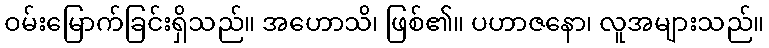
ဝမ်းမြောက်ခြင်းရှိသည်။ အဟောသိ၊ ဖြစ်၏။ ပဟာဇနော၊ လူအများသည်။